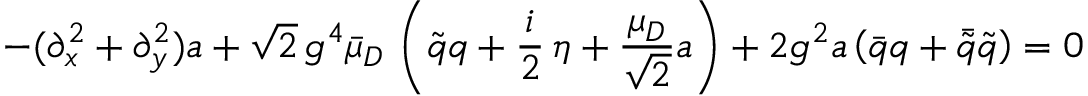
- ( \partial _ { x } ^ { 2 } + \partial _ { y } ^ { 2 } ) a + \sqrt { 2 } \, g ^ { 4 } \bar { \mu } _ { D } \, \left( \tilde { q } q + \frac i 2 \, \eta + \frac { \mu _ { D } } { \sqrt { 2 } } a \right) + 2 g ^ { 2 } a \left( \bar { q } q + \bar { \tilde { q } } \tilde { q } \right) = 0